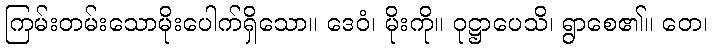
ကြမ်းတမ်းသောမိုးပေါက်ရှိသော။ ဒေဝံ၊ မိုးကို။ ဝုဋ္ဌာပေသိ၊ ရွာစေ၏။ တေ၊